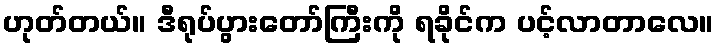
ဟုတ်တယ်။ ဒီရုပ်ပွားတော်ကြီးကို ရခိုင်က ပင့်လာတာလေ။